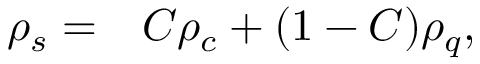
\begin{array} { r l } { \rho _ { s } = } & { { } C \rho _ { c } + ( 1 - C ) \rho _ { q } , } \end{array}